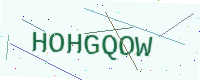
Text: HOHGQOW